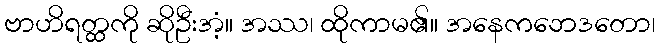
ဗာဟိရတ္ထကို ဆိုဦးအံ့။ အဿ၊ ထိုကာမ၏။ အနေကဘေဒတော၊